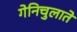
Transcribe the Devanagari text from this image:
गेनिचुलाते